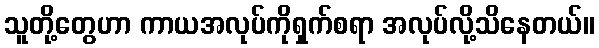
သူတို့တွေဟာ ကာယအလုပ်ကိုရှက်စရာ အလုပ်လို့သိနေတယ်။